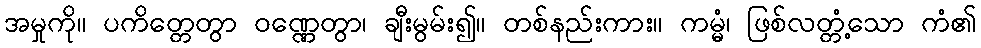
အမှုကို။ ပကိတ္တေတွာ ဝဏ္ဏေတွာ၊ ချီးမွမ်း၍။ တစ်နည်းကား။ ကမ္မံ၊ ဖြစ်လတ္တံ့သော ကံ၏